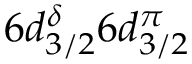
6 d _ { 3 / 2 } ^ { \delta } 6 d _ { 3 / 2 } ^ { \pi }